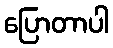
ပြောတာပါ